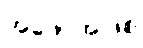
အဖော်အဖြစ်